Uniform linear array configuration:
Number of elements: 8
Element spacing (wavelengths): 1
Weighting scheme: binomial
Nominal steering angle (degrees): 30
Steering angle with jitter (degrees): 30.016
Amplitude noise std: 0.05
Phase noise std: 0.05

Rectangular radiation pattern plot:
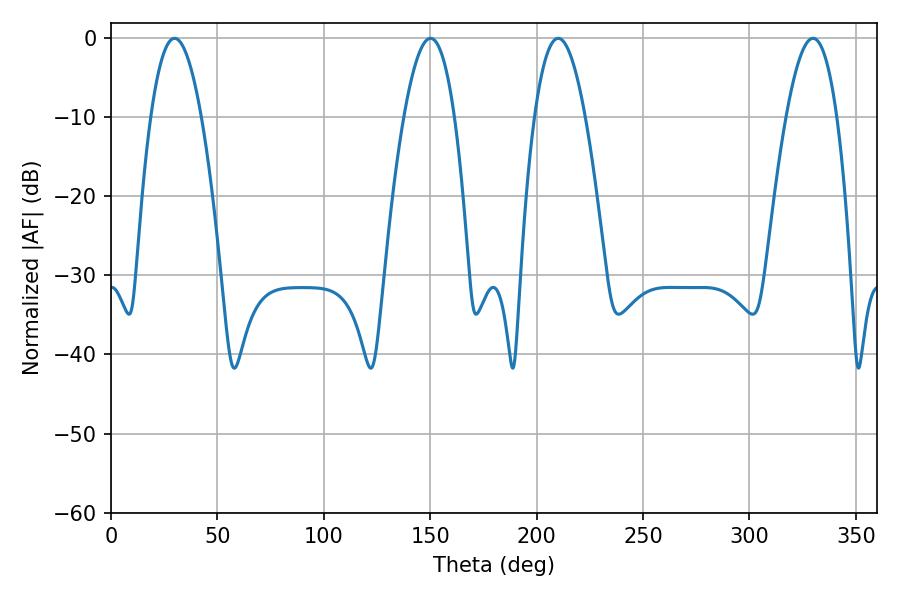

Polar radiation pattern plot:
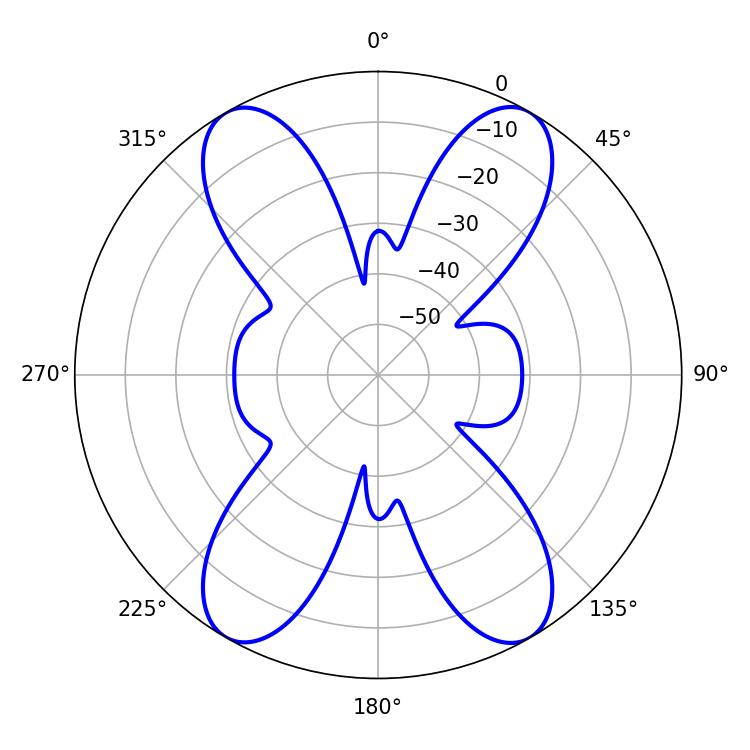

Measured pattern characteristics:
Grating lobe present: TRUE
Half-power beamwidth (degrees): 12.96
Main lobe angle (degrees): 29.88